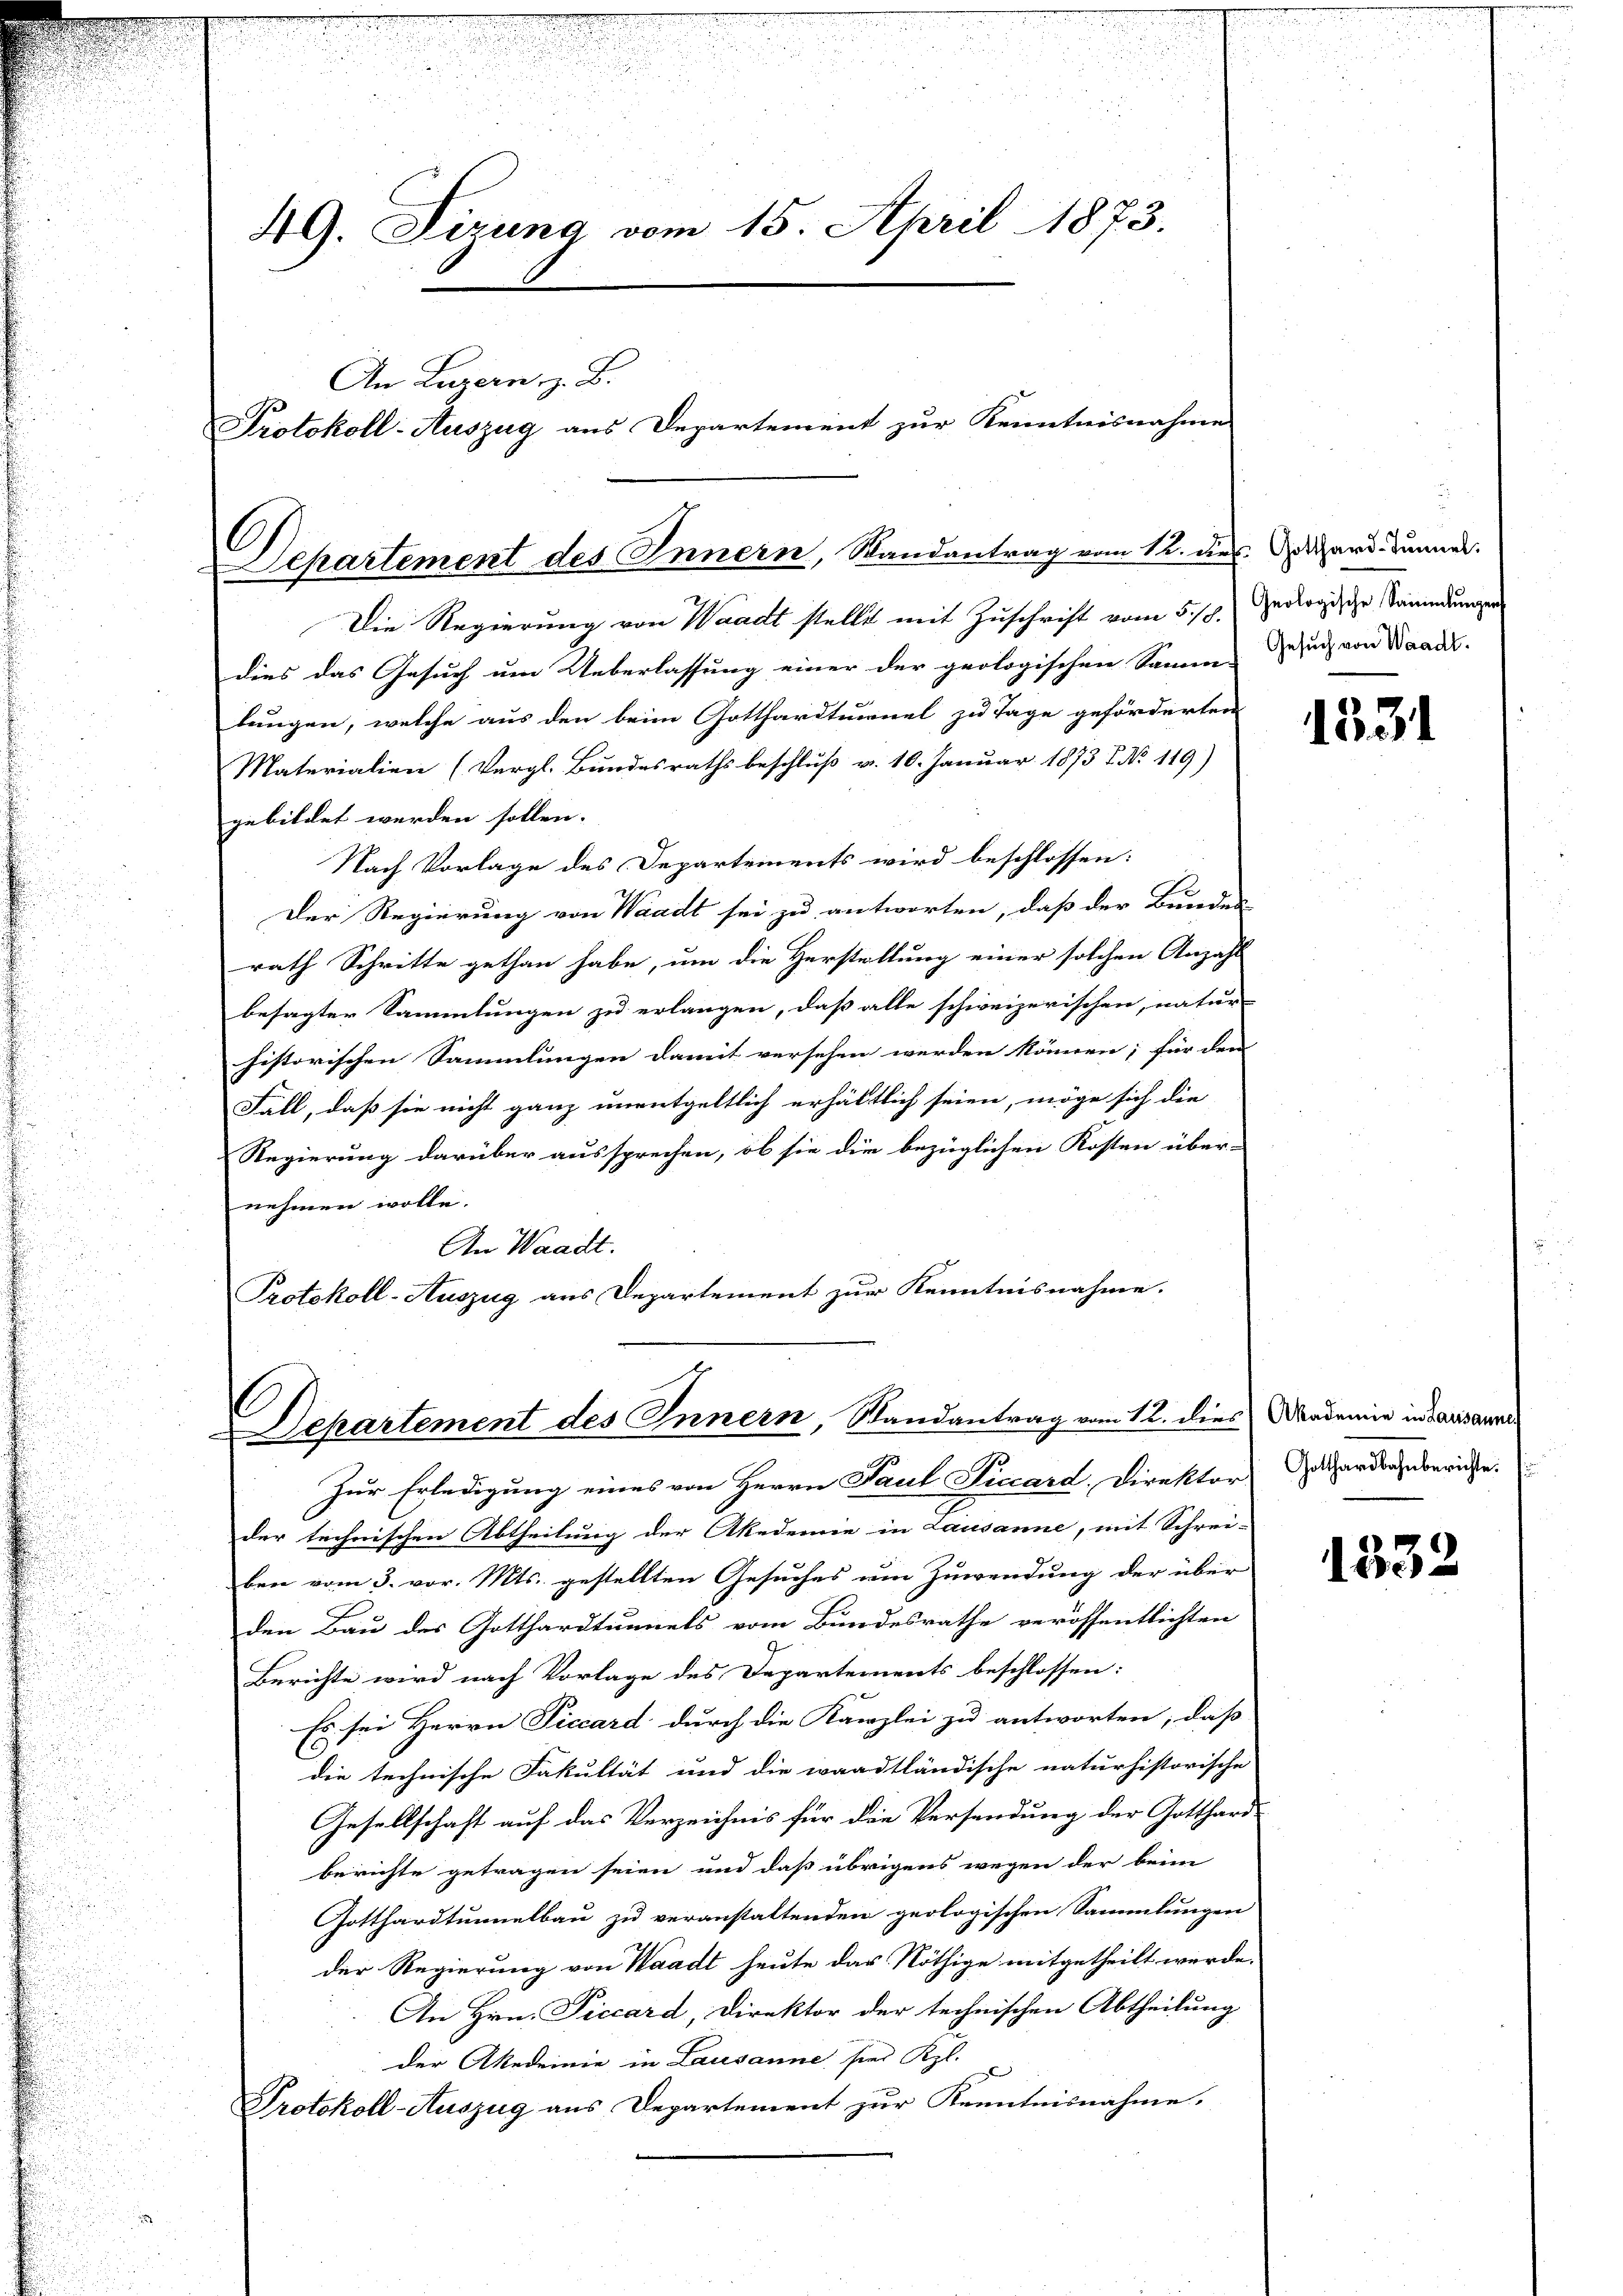
e
.
R
s

.

.
.
49. Sirung vom 15. April 1873.
An Luzern, z. B.
Protokoll-Auszug aus Departement zur Kenntnisnahme

Departement des Innern, Randantrag vom 12. dies. Ward dannes.

Die Regierung von Waadt stellt mit Zuschrift vom 5./8.
dies das Gesuch um Ueberlassung einer der geologischen Samm- Zuzug von Waadts.
lungen, welche aus den beim Gotthardtunnel zu Tage geförderten
Materialien (Vergl. Bundesrathsbeschluß v. 10. Januar 1873 f. No. 119)
gebildet werden sollen.
Nach Vorlage des Departements wird beschlossen:
E
Der Regierung von Waadt sei zu antworten, daß der Bundes-
rath Schritte gethan habe, um die Herstellung einer solchen Anzahl
besagter Sammlungen zu erlangen, daß alle schweizerischen, natur-
historischen Sammlungen damit versehen werden können; für den
Fall, daß sie nicht ganz unentgeltlich erhältlich seien, möge sich die
Regierung darüber aussprechen, ob sie die bezüglichen Kosten über-
nehmen wolle.
An Waadt.
Protokoll-Auszug aus Departement zur Kenntnisnahme.
C
Departement des Innern, Randantrag vom 12. dies Akademie in Lausannes
Zur Erledigung eines von Herrn Paul Picard. Direktor
der technischen Abtheilung der Akademie in Lausanne, mit Schrei-
ben vom 3. vor. Mts. gestellten Gesuches um Zuwendung der über
den Bau des Gotthardtunnels vom Bundesrathe veröffentlichten
Berichte wird nach Vorlage des Departements beschlossen:
Es sei Herrn Piccard durch die Kanzlei zu antworten, daß
die technische Fakultät und die waadtländische naturhistorische
Gesellschaft auf das Verzeichnis für die Versendung der Gotthard-
berichte getragen seien und daß übrigens wegen der beim
Gotthardtunnelbau zu veranstaltenden geologischen Sammlungen
der Regierung von Waadt heute das Nöthige mitgetheilt werde.
An Hrn. Piccard, Direktor der technischen Abtheilung
der Akademie in Lausanne sie Kgl.
Protokoll-Auszug aus Departement zur Kenntnisnahme.

Geologische Sammlungen

1531

Gotthardbahnberichte.

1332